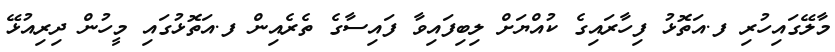
މާލޭގައިހުރި ފ.އަތޮޅު ފިހާރައިގެ ކުއްޔަށް ލިބިފައިވާ ފައިސާގެ ތެރެއިން ފ.އަތޮޅުގައި މީހުން ދިރިއުޅޭ